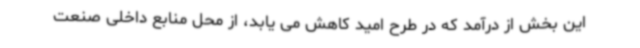
این بخش از درآمد که در طرح امید کاهش می یابد، از محل منابع داخلی صنعت